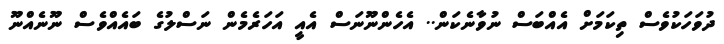
ދުވަހަކުވެސް ތިކަމަށް އެއްބަސް ނުވާނެކަން.. އެހެންނޫނަސް އެއީ އަހަރެމެން ނަސްލުގެ ބައެއްވެސް ނޫނެއްނޫ